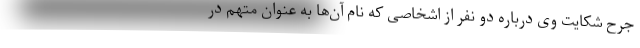
جرح شکایت وی درباره دو نفر از اشخاصی که نام آن‌ها به عنوان متهم در